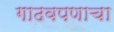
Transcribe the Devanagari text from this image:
गाढवपणाचा